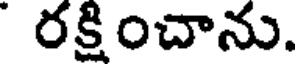
రక్షించాను.